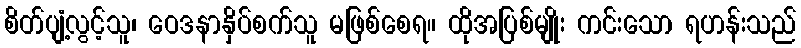
စိတ်ပျံ့လွင့်သူ၊ ဝေဒနာနှိပ်စက်သူ မဖြစ်စေရ။ ထိုအပြစ်မျိုး ကင်းသော ရဟန်းသည်